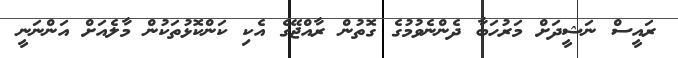
ރައީސް ނަޝީދަށް މަރުހަބާ ދެންނެވުމުގެ ގޮތުން ރާއްޖޭގެ އެކި ކަންކޮޅުތަކުން މާލެއަށް އަންނަނީ